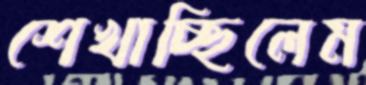
শেখাচ্ছিলেম